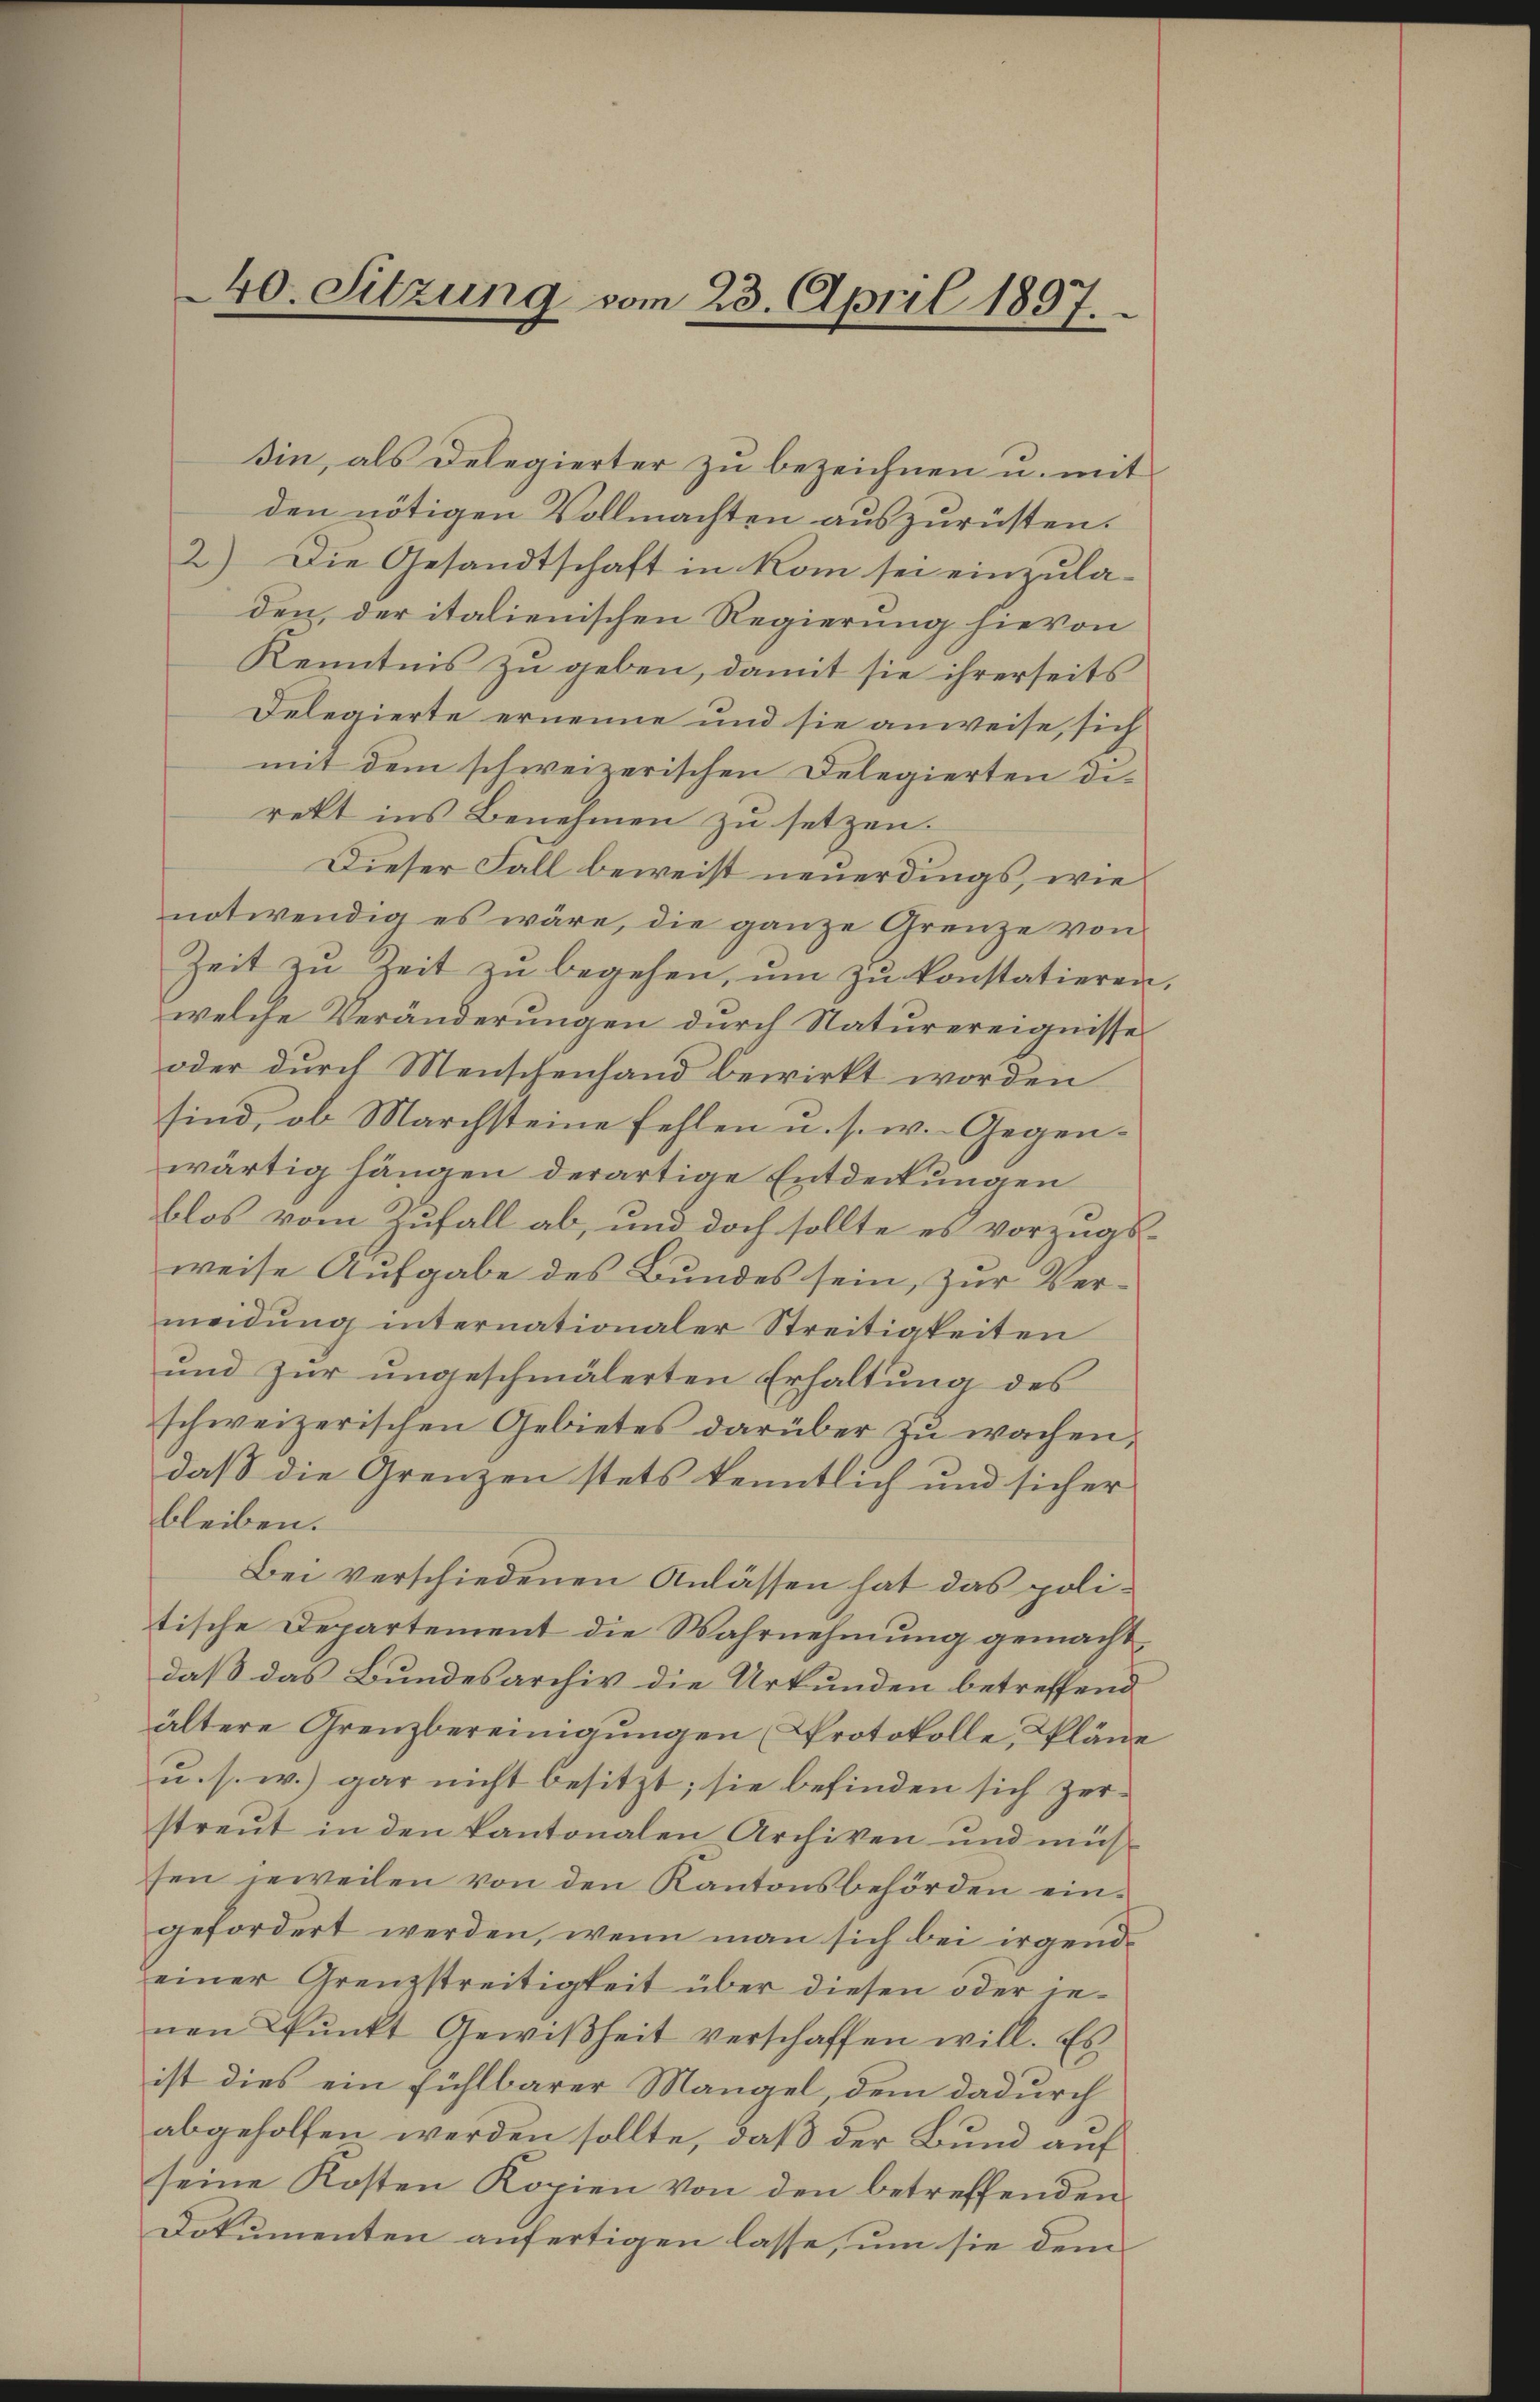
40. Sitzung vom 23. April 1897.

sin, als Delegierter zu bezeichnen u. mit
den nötigen Vollmachten auszurüsten.
2) Die Gesandtschaft in kom sei einzula-
den, der italienischen Regierung hievon
Kenntnis zu geben, damit sie ihrerseits
Delegierte ernenne und sie anweise, sich
mit dem schweizerischen Delegierten direkt ins Benehmen zu setzen.
Dieser Fall beweist neuerdings, wie
notwendig es wäre, die ganze Grenze von
Zeit zu Zeit zu begehen, um zu konstatieren
welche Veränderungen durch Naturereignisse
oder durch Menschenhand bewirkt worden
sind, ob Marchsteine fehlen u. s. w. Gegenwärtig hängen derartige Entdeckungen
blos vom Zufall ab, und doch sollte es vorzugs-
weise Aufgabe des Bundes sein, zur Vermeidung internationaler Streitigkeiten
und zur ungeschmälerten Erhaltung des
schweizerischen Gebietes darüber zu wachen,
daß die Grenzen stets kenntlich und sicher
bleiben.
Bei verschiedenen Anlassen hat das politische Departement die Wahrnehmung gemacht
daß das Bundesarchiv die Urkunden betreffend
ältere Grenzbereinigŭngen (Protokolle, Pläne
u. s. w.) gar nicht besitzt; sie befinden sich zer-
streut in den kantonalen Archiven und müssen jeweilen von den Kantonsbehörden ein-
gefordert werden, wenn man sich bei irgend
einer Grenzstreitigkeit über diesen oder jenen Pŭnkt Gewißheit verschaffen will. Es
ist dies ein fühlbarer Mangel, dem dadurch
abgeholfen werden sollte, daß der Bund auf
seine Kosten Kopien von den betreffenden
Dokumenten anfertigen lasse, um sie dem